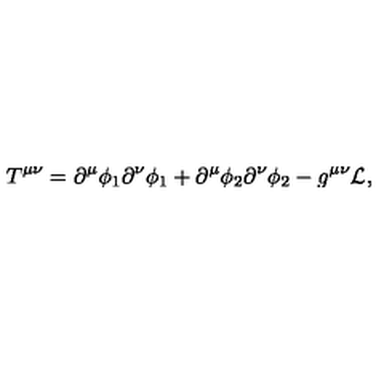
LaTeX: T ^ { \mu \nu } = \partial ^ { \mu } \phi _ { 1 } \partial ^ { \nu } \phi _ { 1 } + \partial ^ { \mu } \phi _ { 2 } \partial ^ { \nu } \phi _ { 2 } - g ^ { \mu \nu } { \cal L } ,